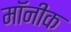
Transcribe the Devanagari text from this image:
मॉनीक